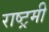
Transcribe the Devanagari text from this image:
राष्ट्रमी